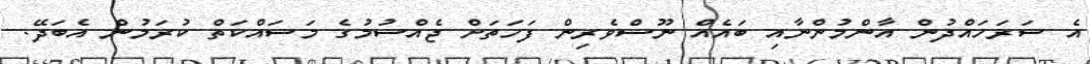
އެ ސަރަހައްދުން އާންމުންނާއި ބައެއް ނޫސްވެރިން ފަހަތަށް ޖެއްސުމުގެ މަސައްކަތް ކުރަމުން އެބަދޭ.